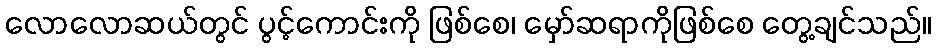
လောလောဆယ်တွင် ပွင့်ကောင်းကို ဖြစ်စေ၊ မှော်ဆရာကိုဖြစ်စေ တွေ့ချင်သည်။